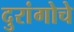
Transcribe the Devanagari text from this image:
दुरांगोचे